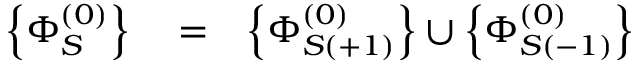
\begin{array} { r l r } { \left\{ \Phi _ { S } ^ { ( 0 ) } \right\} } & { { } = } & { \left\{ \Phi _ { S ( + 1 ) } ^ { ( 0 ) } \right\} \cup \left\{ \Phi _ { S ( - 1 ) } ^ { ( 0 ) } \right\} } \end{array}